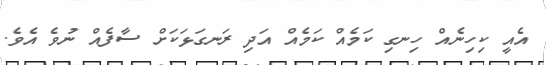
އެއީ ކިހިނެއް ހިނގި ކަމެއް ކަމެއް އަދި ރަނގަޅަކަށް ސާފެއް ނުވެ އެވެ.